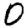
Digit: 0